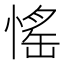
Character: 愮